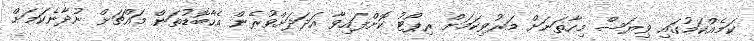
ކަމެއްކަމުގައި ވިޔަސް މިހާތަނަށް މަރުވިކަމަށް ރިޕޯޓު ކޮށްފައިވާ އަދަދަށްވުރެން އެހާބޮޑުތަން މައްޗަށް ނުދާނެކަމަށް